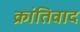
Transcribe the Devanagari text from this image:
क्रांतिवाद